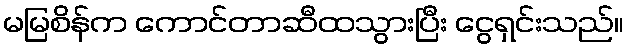
မမြစိန်က ကောင်တာဆီထသွားပြီး ငွေရှင်းသည်။